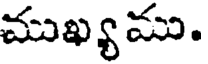
ముఖ్యము.